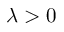
\lambda > 0